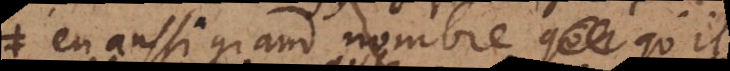
en aussi grand nombre qu’il